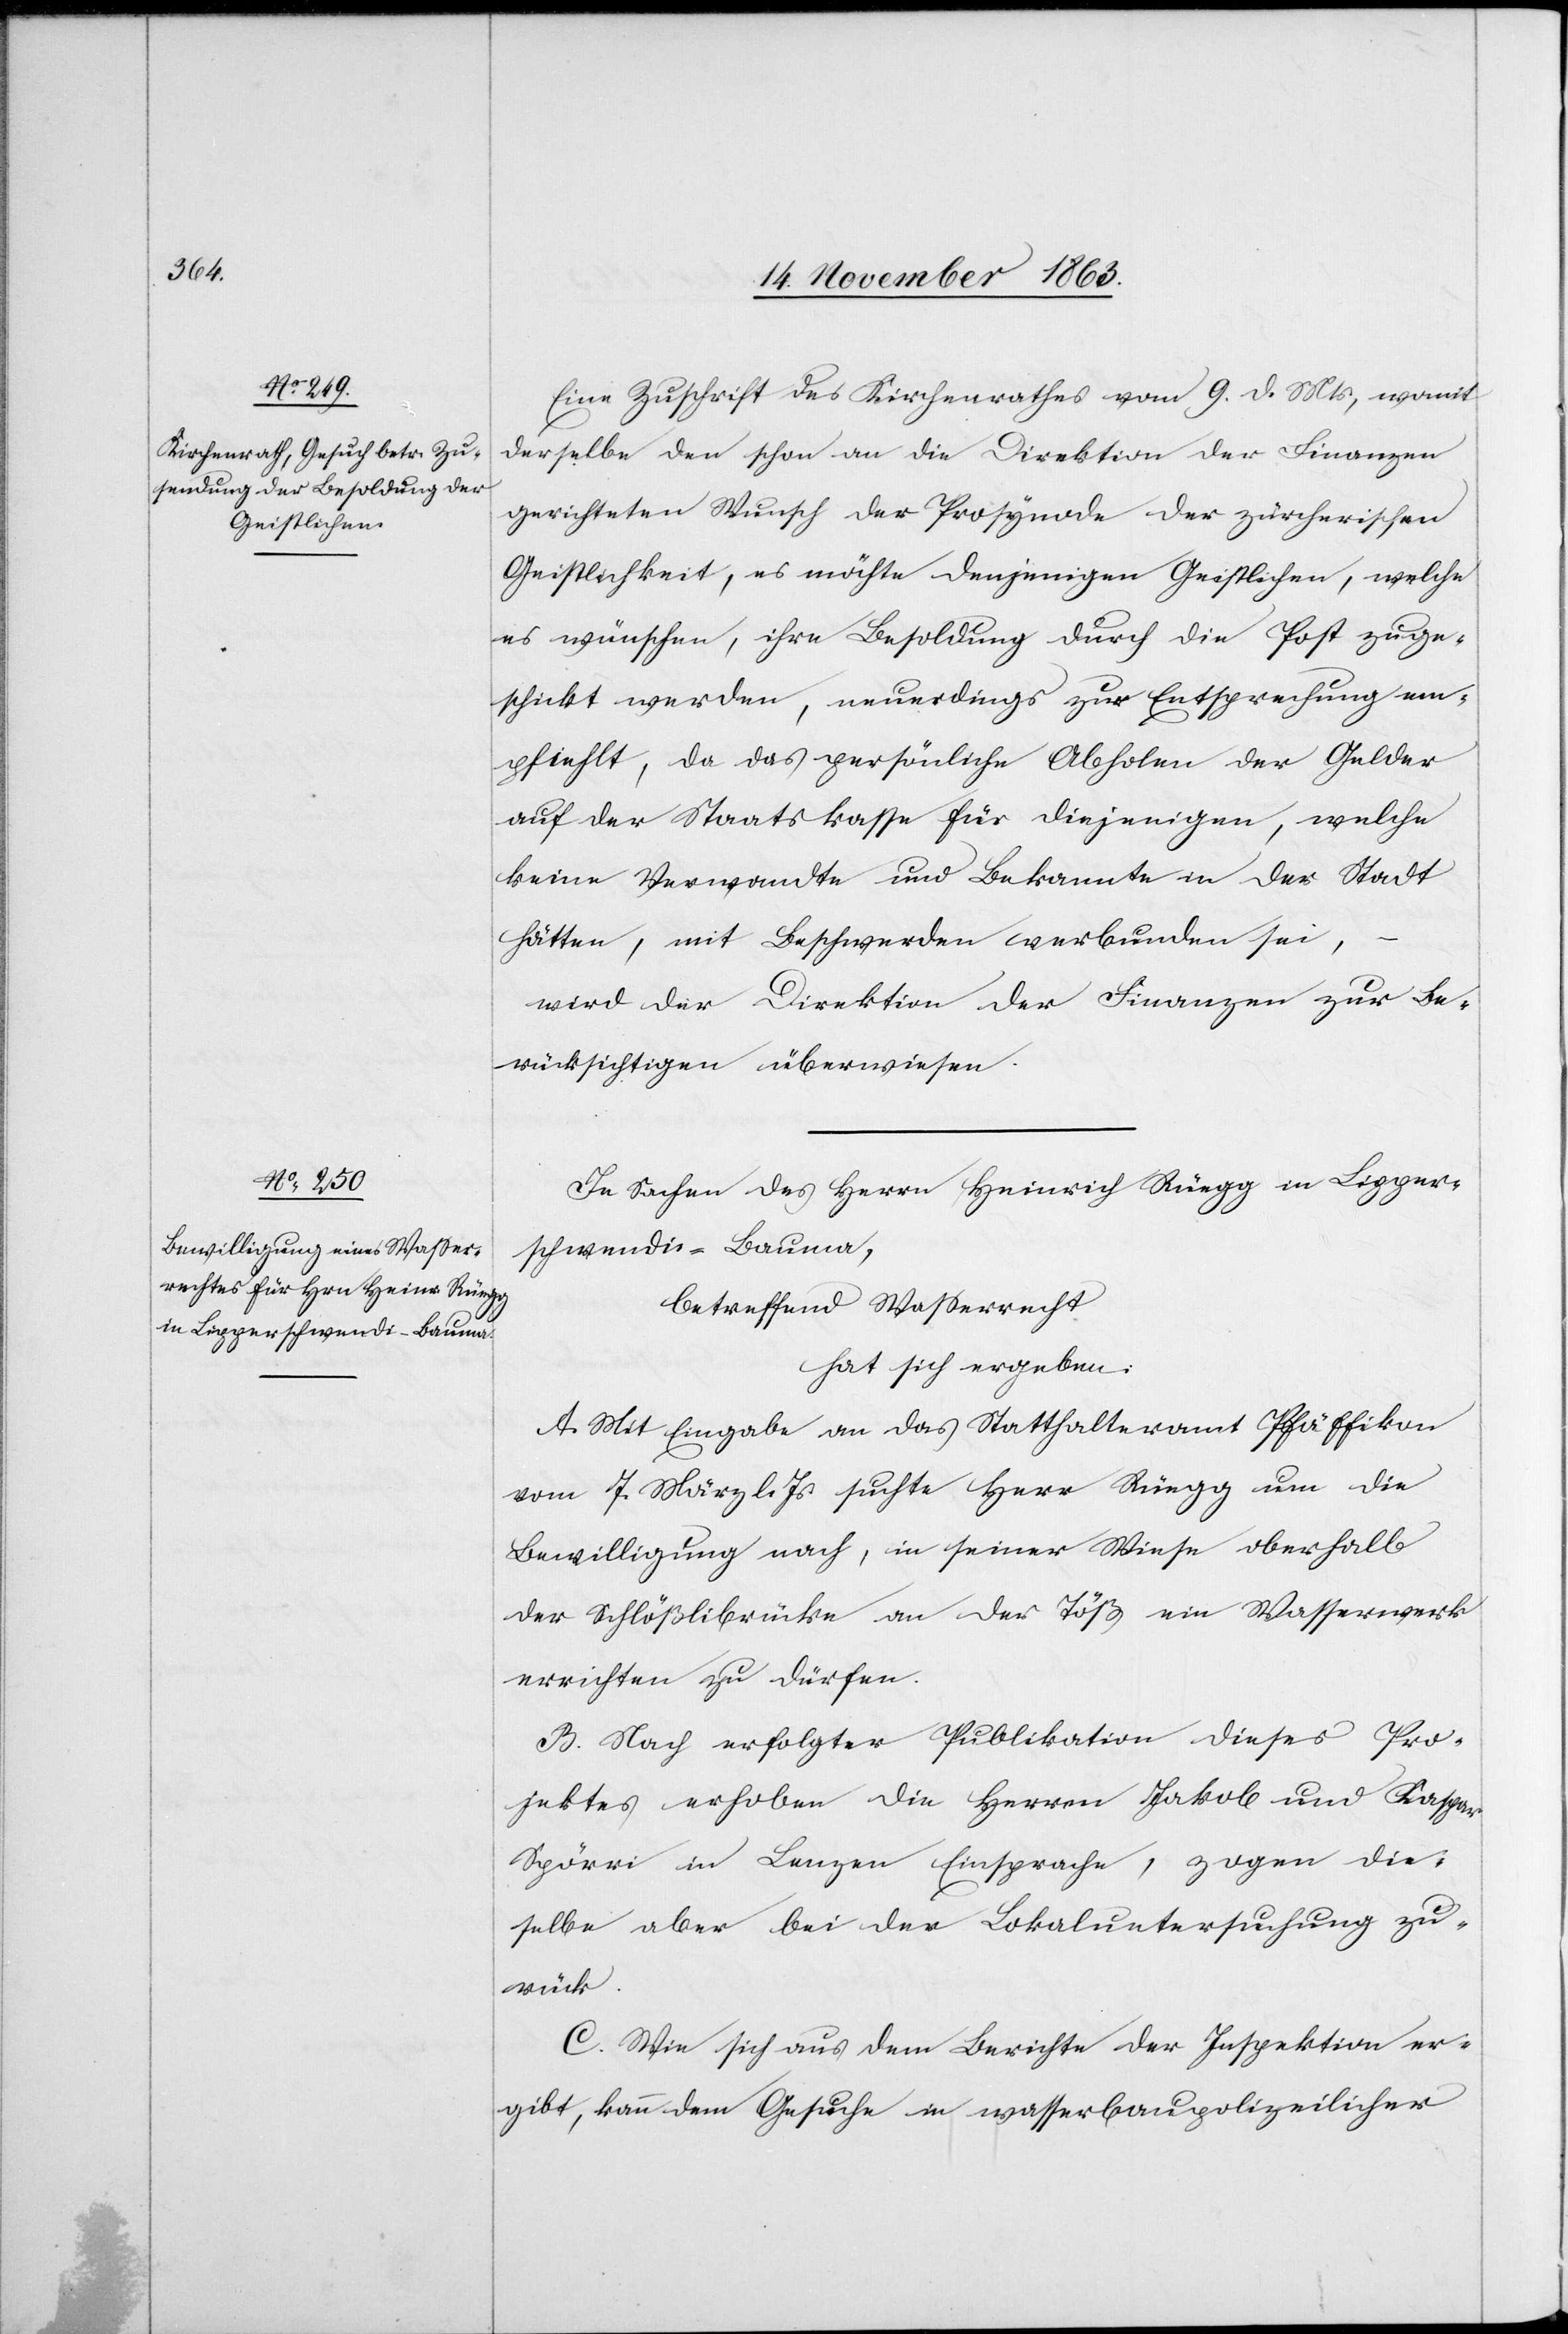
Eine Zuschrift des Kirchenrathes vom 9. d. Mts, womit
derselbe den schon an die Direktion der Finanzen
gerichteten Wunsch der Prosynode der zürcherischen
Geistlichkeit, es möchte denjenigen Geistlichen, welche
es wünschen, ihre Besoldung durch die Post zuge¬
schickt werden, neuerdings zur Entsprechung em¬
pfiehlt, da das persönliche Abholen der Gelder
auf der Staatskasse für diejenigen, welche
keine Verwandte und Bekannte in der Stadt
hätten, mit Beschwerden verbunden sei,
wird der Direktion der Finanzen zur Be¬
rücksichtigen [sic!] überwiesen.
In Sachen des Herrn Heinrich Rüegg in Lipper¬
schwendi-Bauma,
betreffend Wasserrecht
hat sich ergeben:
A. Mit Eingabe an das Statthalteramt Pfäffikon
vom 7. März l. Js suchte Herr Rüegg um die
Bewilligung nach, in seiner Wiese oberhalb
der Schlößlibrücke an der Töß ein Wasserwerk
errichten zu dürfen.
B. Nach erfolgter Publikation dieses Pro¬
jektes erhoben die Herren Jakob und Kaspar
Spörri in Lengen Einsprache, zogen die¬
selbe aber bei der Lokaluntersuchung zu¬
rück.
C. Wie sich aus dem Berichte der Inspektion er¬
gibt, kann dem Gesuche in wasserbaupolizeilicher